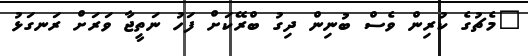
"މެޗުގެ ކުރިން ވެސް ބުނިން ދިގު ބްރޭކަށް ފަހު ނަތީޖާ ވަރަށް ރަނގަޅު